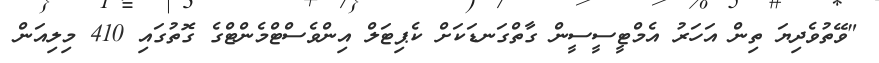
"ވޭތުވެދިޔަ ތިން އަހަރު އެމްޓީސީސީން ގާތްގަނޑަކަށް ކެޕިޓަލް އިންވެސްޓްމެންޓްގެ ގޮތުގައި 410 މިލިއަން